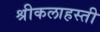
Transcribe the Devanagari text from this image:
श्रीकलाहस्ती